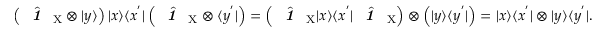
\left( \hat { \textbf { \textit { 1 } } \, } _ { \! \mathrm { X } } \otimes | y \rangle \right) | x \rangle \langle x ^ { ' } | \left( \hat { \textbf { \textit { 1 } } \, } _ { \! \mathrm { X } } \otimes \langle y ^ { ' } | \right) = \left( \hat { \textbf { \textit { 1 } } \, } _ { \! \mathrm { X } } | x \rangle \langle x ^ { ' } | \hat { \textbf { \textit { 1 } } \, } _ { \! \mathrm { X } } \right) \otimes \left( | y \rangle \langle y ^ { ' } | \right) = | x \rangle \langle x ^ { ' } | \otimes | y \rangle \langle y ^ { ' } | .